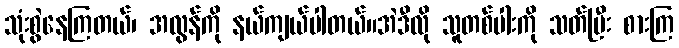
သုံးစွဲနေကြတယ်၊ အလွန်ကို နယ်ကျယ်ပါတယ်။အဲဒီလို သူတစ်ပါးကို သတ်ပြီး စားကြ